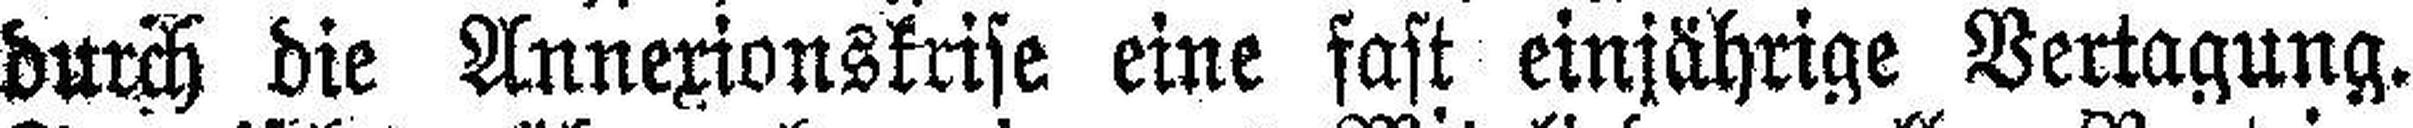
durch die Annexionskrise eine fast einjährige Vertagung.